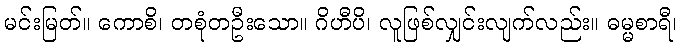
မင်းမြတ်။ ကောစိ၊ တစုံတဦးသော။ ဂိဟီပိ၊ လူဖြစ်လျှင်းလျက်လည်း။ ဓမ္မစာရီ၊